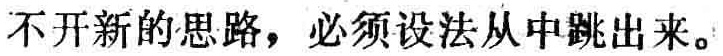
不开新的思路，必须设法从中跳出来。